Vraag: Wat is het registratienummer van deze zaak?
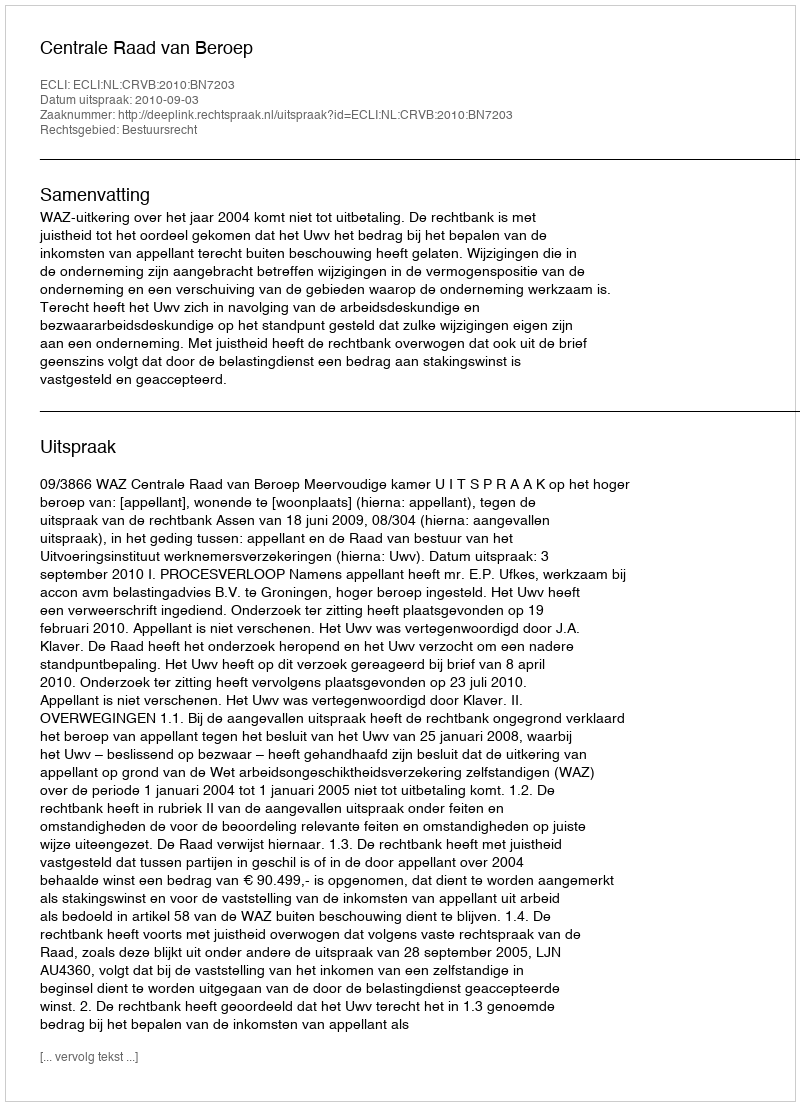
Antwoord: http://deeplink.rechtspraak.nl/uitspraak?id=ECLI:NL:CRVB:2010:BN7203